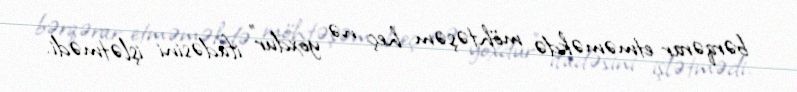
bərqərar etməməkdə möhtəşəm heç nə yoxdur” ifadəsini işlətmədi.